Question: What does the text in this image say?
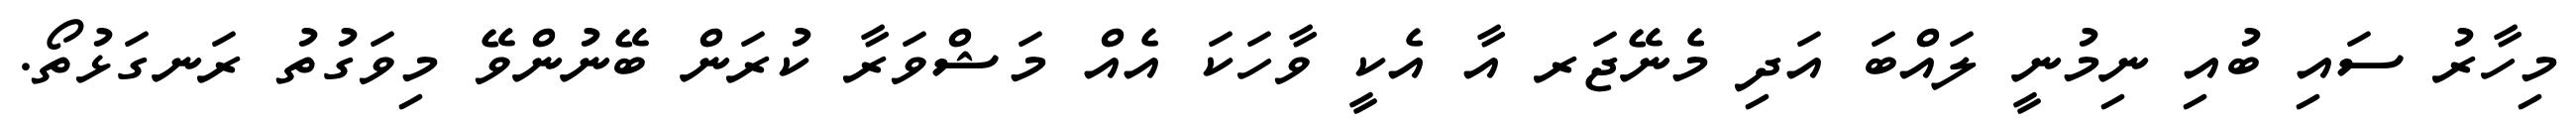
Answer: މިހާރު ސައި ބުއި ނިމުނީ ލައްބަ އަދި މެނޭޖަރ އާ އެކީ ވާހަކަ އެއް މަޝްވަރާ ކުރަން ބޭނުންވޭ މިވަގުތު ރަނގަޅުތޯ.